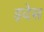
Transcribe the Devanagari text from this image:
इदेस